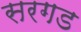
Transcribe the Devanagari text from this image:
सरगड